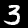
Digit: 3